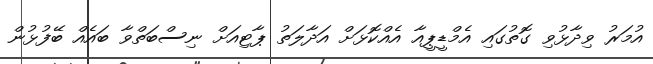
އުމަރު ވިދާޅުވި ގޮތުގައި އެމްޑީޕީއާ އެއްކޮޅަށް އަދާލަތު ޕާޓިއަށް ނިސްބަތްވާ ބައެއް ބޭފުޅުން